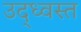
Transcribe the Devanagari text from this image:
उद्‍ध्वस्त